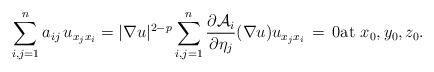
LaTeX: \begin{align*} \sum\limits_{i,j=1}^{n} a_{ij} \, u_{x_jx_i} = | \nabla u |^{2-p} \sum\limits_{i,j=1}^{n} \frac{\partial \mathcal{A}_i}{\partial \eta_j}(\nabla u ) u_{x_jx_i} \, = \, 0 \mbox{at}\,\, x_0, y_0, z_0. \end{align*}